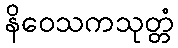
နိဝေသကသုတ္တံ